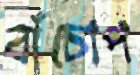
বাঁচোপ